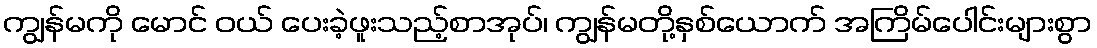
ကျွန်မကို မောင် ဝယ် ပေးခဲ့ဖူးသည့်စာအုပ်၊ ကျွန်မတို့နှစ်ယောက် အကြိမ်ပေါင်းများစွာ